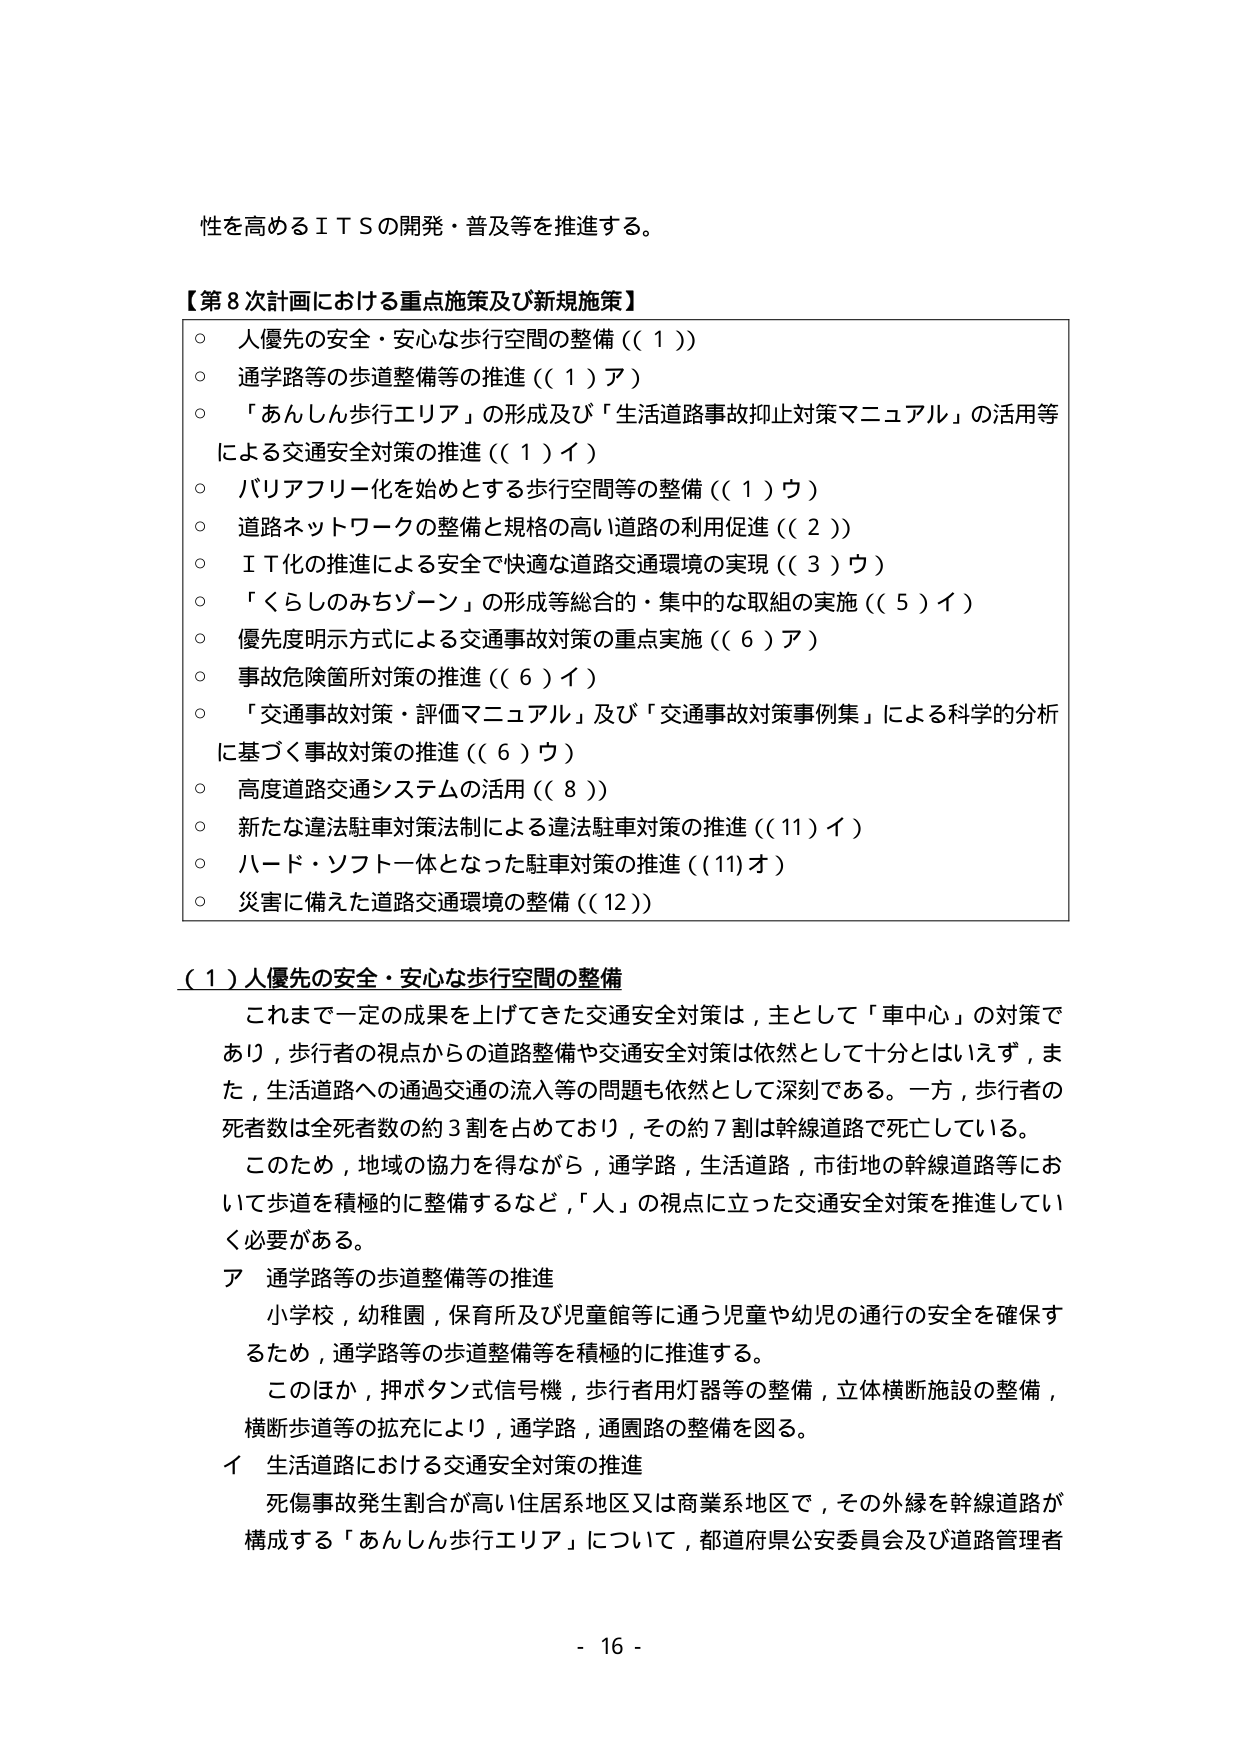
性を高めるＩＴＳの開発・普及等を推進する。

【第８次計画における重点施策及び新規施策】
○ 人優先の安全・安心な歩行空間の整備（（１））
○ 通学路等の歩道整備等の推進（（１）ア）
○ 「あんしん歩行エリア」の形成及び「生活道路事故抑止対策マニュアル」の活用等による交通安全対策の推進（（１）イ）
○ バリアフリー化を始めとする歩行空間等の整備（（１）ウ）
○ 道路ネットワークの整備と規格の高い道路の利用促進（（２））
○ ＩＴ化の推進による安全で快適な道路交通環境の実現（（３）ウ）
○ 「くらしのみちゾーン」の形成等総合的・集中的な取組の実施（（５）イ）
○ 優先度明示方式による交通事故対策の重点実施（（６）ア）
○ 事故危険箇所対策の推進（（６）イ）
○ 「交通事故対策・評価マニュアル」及び「交通事故対策事例集」による科学的分析に基づく事故対策の推進（（６）ウ）
○ 高度道路交通システムの活用（（８））
○ 新たな違法駐車対策法制による違法駐車対策の推進（（11）イ）
○ ハード・ソフト一体となった駐車対策の推進（（11）オ）
○ 災害に備えた道路交通環境の整備（（12））

（１）人優先の安全・安心な歩行空間の整備
これまで一定の成果を上げてきた交通安全対策は，主として「車中心」の対策であり，歩行者の視点からの道路整備や交通安全対策は依然として十分とはいえず，また，生活道路への通過交通の流入等の問題も依然として深刻である。一方，歩行者の死者数は全死者数の約３割を占めており，その約７割は幹線道路で死亡している。
このため，地域の協力を得ながら，通学路，生活道路，市街地の幹線道路等において歩道を積極的に整備するなど，「人」の視点に立った交通安全対策を推進していく必要がある。
ア 通学路等の歩道整備等の推進
小学校，幼稚園，保育所及び児童館等に通う児童や幼児の通行の安全を確保するため，通学路等の歩道整備等を積極的に推進する。
このほか，押ボタン式信号機，歩行者用灯器等の整備，立体横断施設の整備，横断歩道等の拡充により，通学路，通園路の整備を図る。
イ 生活道路における交通安全対策の推進
死傷事故発生割合が高い住居系地区又は商業系地区で，その外縁を幹線道路が構成する「あんしん歩行エリア」について，都道府県公安委員会及び道路管理者

- 16 -